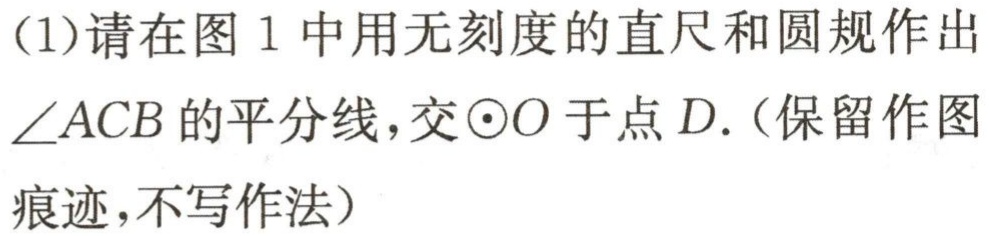
(1)请在图 1 中用无刻度的直尺和圆规作出$\angle ACB$的平分线，交$\odot O$于点$D$.（保留作图痕迹，不写作法）